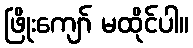
ဖြိုးကျော် မထိုင်ပါ။